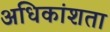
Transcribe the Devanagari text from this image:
अधिकांशता